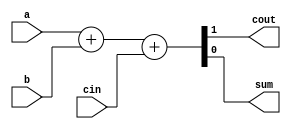
`timescale 1ns / 1ps

/*******************************************************************
*
* Module: Datapath.v
* Project: Pipelined-RISCV
* Author1: Yahya Abbas.
* Author2: Ali Ghazal.
* Author3: Omer Hassan.
* Description: Pipelined RISCV processor with support for RV32IC instructions that map to true 32I instructions
*              and support for the full RV32IM instruction set.
* Change history:
**********************************************************************/

module fullAdder(
    input a, 
    input b, 
    input cin, 
    output cout, 
    output sum);
    
assign {cout,sum} = a+b+cin;
endmodule